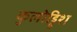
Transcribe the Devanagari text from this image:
कुलोड्डिश